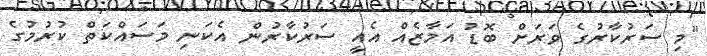
"މި ސަރުކާރުގެ ވަރަށް ބޮޑު އަމާޒެއް އެއީ ސަރުކާރުން އެކަނި މަސައްކަތް ކުރުމުގެ